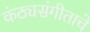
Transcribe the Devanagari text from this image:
कंठ्यसंगीताचे